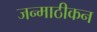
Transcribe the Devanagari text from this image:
जन्माठीकन